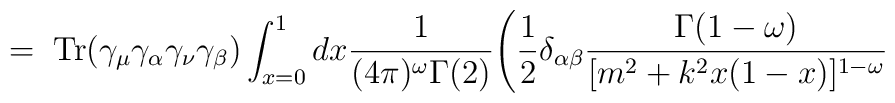
= \;\mbox{Tr}(\gamma_\mu \gamma_\alpha \gamma_\nu \gamma_\beta)\int_{x=0}^1 dx\frac{1}{(4\pi)^\omega \Gamma(2)} \Bigg( \frac{1}{2} \delta_{\alpha \beta}\frac{\Gamma(1-\omega)}{[m^2 +k^2x(1-x)]^{1-\omega}}